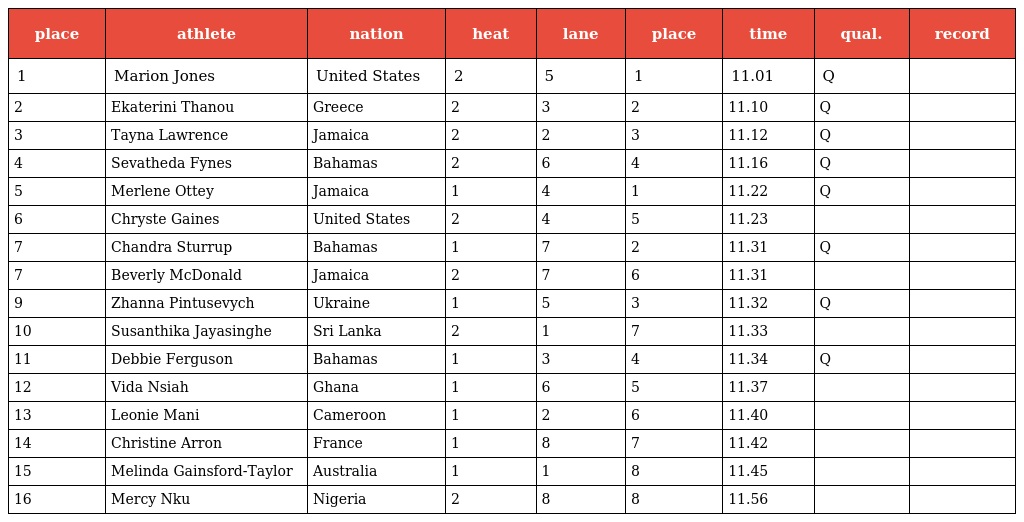
| place | athlete | nation | heat | lane | place | time | qual. | record |
 | --- | --- | --- | --- | --- | --- | --- | --- | --- |
 | 1 | Marion Jones | United States | 2 | 5 | 1 | 11.01 | Q |  |
 | 2 | Ekaterini Thanou | Greece | 2 | 3 | 2 | 11.10 | Q |  |
 | 3 | Tayna Lawrence | Jamaica | 2 | 2 | 3 | 11.12 | Q |  |
 | 4 | Sevatheda Fynes | Bahamas | 2 | 6 | 4 | 11.16 | Q |  |
 | 5 | Merlene Ottey | Jamaica | 1 | 4 | 1 | 11.22 | Q |  |
 | 6 | Chryste Gaines | United States | 2 | 4 | 5 | 11.23 |  |  |
 | 7 | Chandra Sturrup | Bahamas | 1 | 7 | 2 | 11.31 | Q |  |
 | 7 | Beverly McDonald | Jamaica | 2 | 7 | 6 | 11.31 |  |  |
 | 9 | Zhanna Pintusevych | Ukraine | 1 | 5 | 3 | 11.32 | Q |  |
 | 10 | Susanthika Jayasinghe | Sri Lanka | 2 | 1 | 7 | 11.33 |  |  |
 | 11 | Debbie Ferguson | Bahamas | 1 | 3 | 4 | 11.34 | Q |  |
 | 12 | Vida Nsiah | Ghana | 1 | 6 | 5 | 11.37 |  |  |
 | 13 | Leonie Mani | Cameroon | 1 | 2 | 6 | 11.40 |  |  |
 | 14 | Christine Arron | France | 1 | 8 | 7 | 11.42 |  |  |
 | 15 | Melinda Gainsford-Taylor | Australia | 1 | 1 | 8 | 11.45 |  |  |
 | 16 | Mercy Nku | Nigeria | 2 | 8 | 8 | 11.56 |  |  |